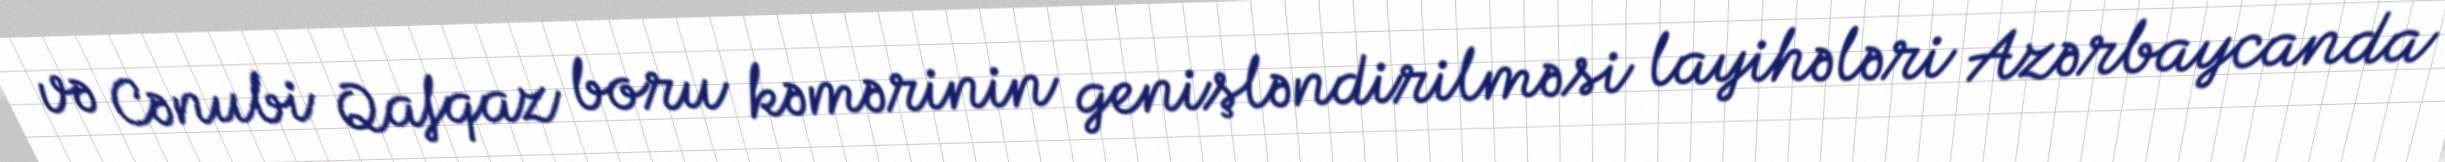
və Cənubi Qafqaz boru kəmərinin genişləndirilməsi layihələri Azərbaycanda